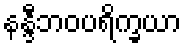
နန္ဒီဘဝပရိက္ခယာ